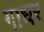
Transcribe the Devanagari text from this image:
गाधर